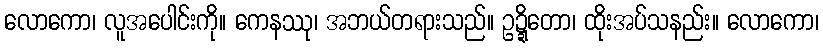
လောကော၊ လူအပေါင်းကို။ ကေနဿု၊ အဘယ်တရားသည်။ ဥဍ္ဍိတော၊ ထိုးအပ်သနည်း။ လောကော၊